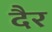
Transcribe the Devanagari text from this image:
दैर